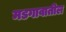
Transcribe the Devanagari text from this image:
मडगावातील